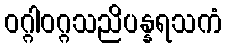
ဝဂ္ဂါဝဂ္ဂသညိပန္နရသကံ